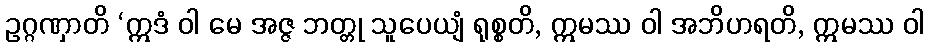
ဥဂ္ဂဏှာတိ ‘ဣဒံ ဝါ မေ အဇ္ဇ ဘတ္တု သူပေယျံ ရုစ္စတိ, ဣမဿ ဝါ အဘိဟရတိ, ဣမဿ ဝါ